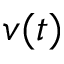
v ( t )